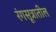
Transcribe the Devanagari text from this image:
रंगसूत्रातील